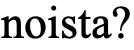
noista?